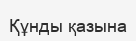
Құнды қазына